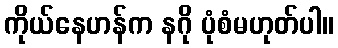
ကိုယ်နေဟန်က နဂို ပုံစံမဟုတ်ပါ။